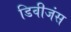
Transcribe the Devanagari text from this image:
डिवीजंस